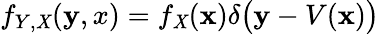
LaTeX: f_{Y,\mathit{X}}(\mathbf{y},x)=f_{\mathit{X}}(\mathbf{{x}})\delta{\big(}\mathbf{y}-V(\mathbf{{x}}){\big)}